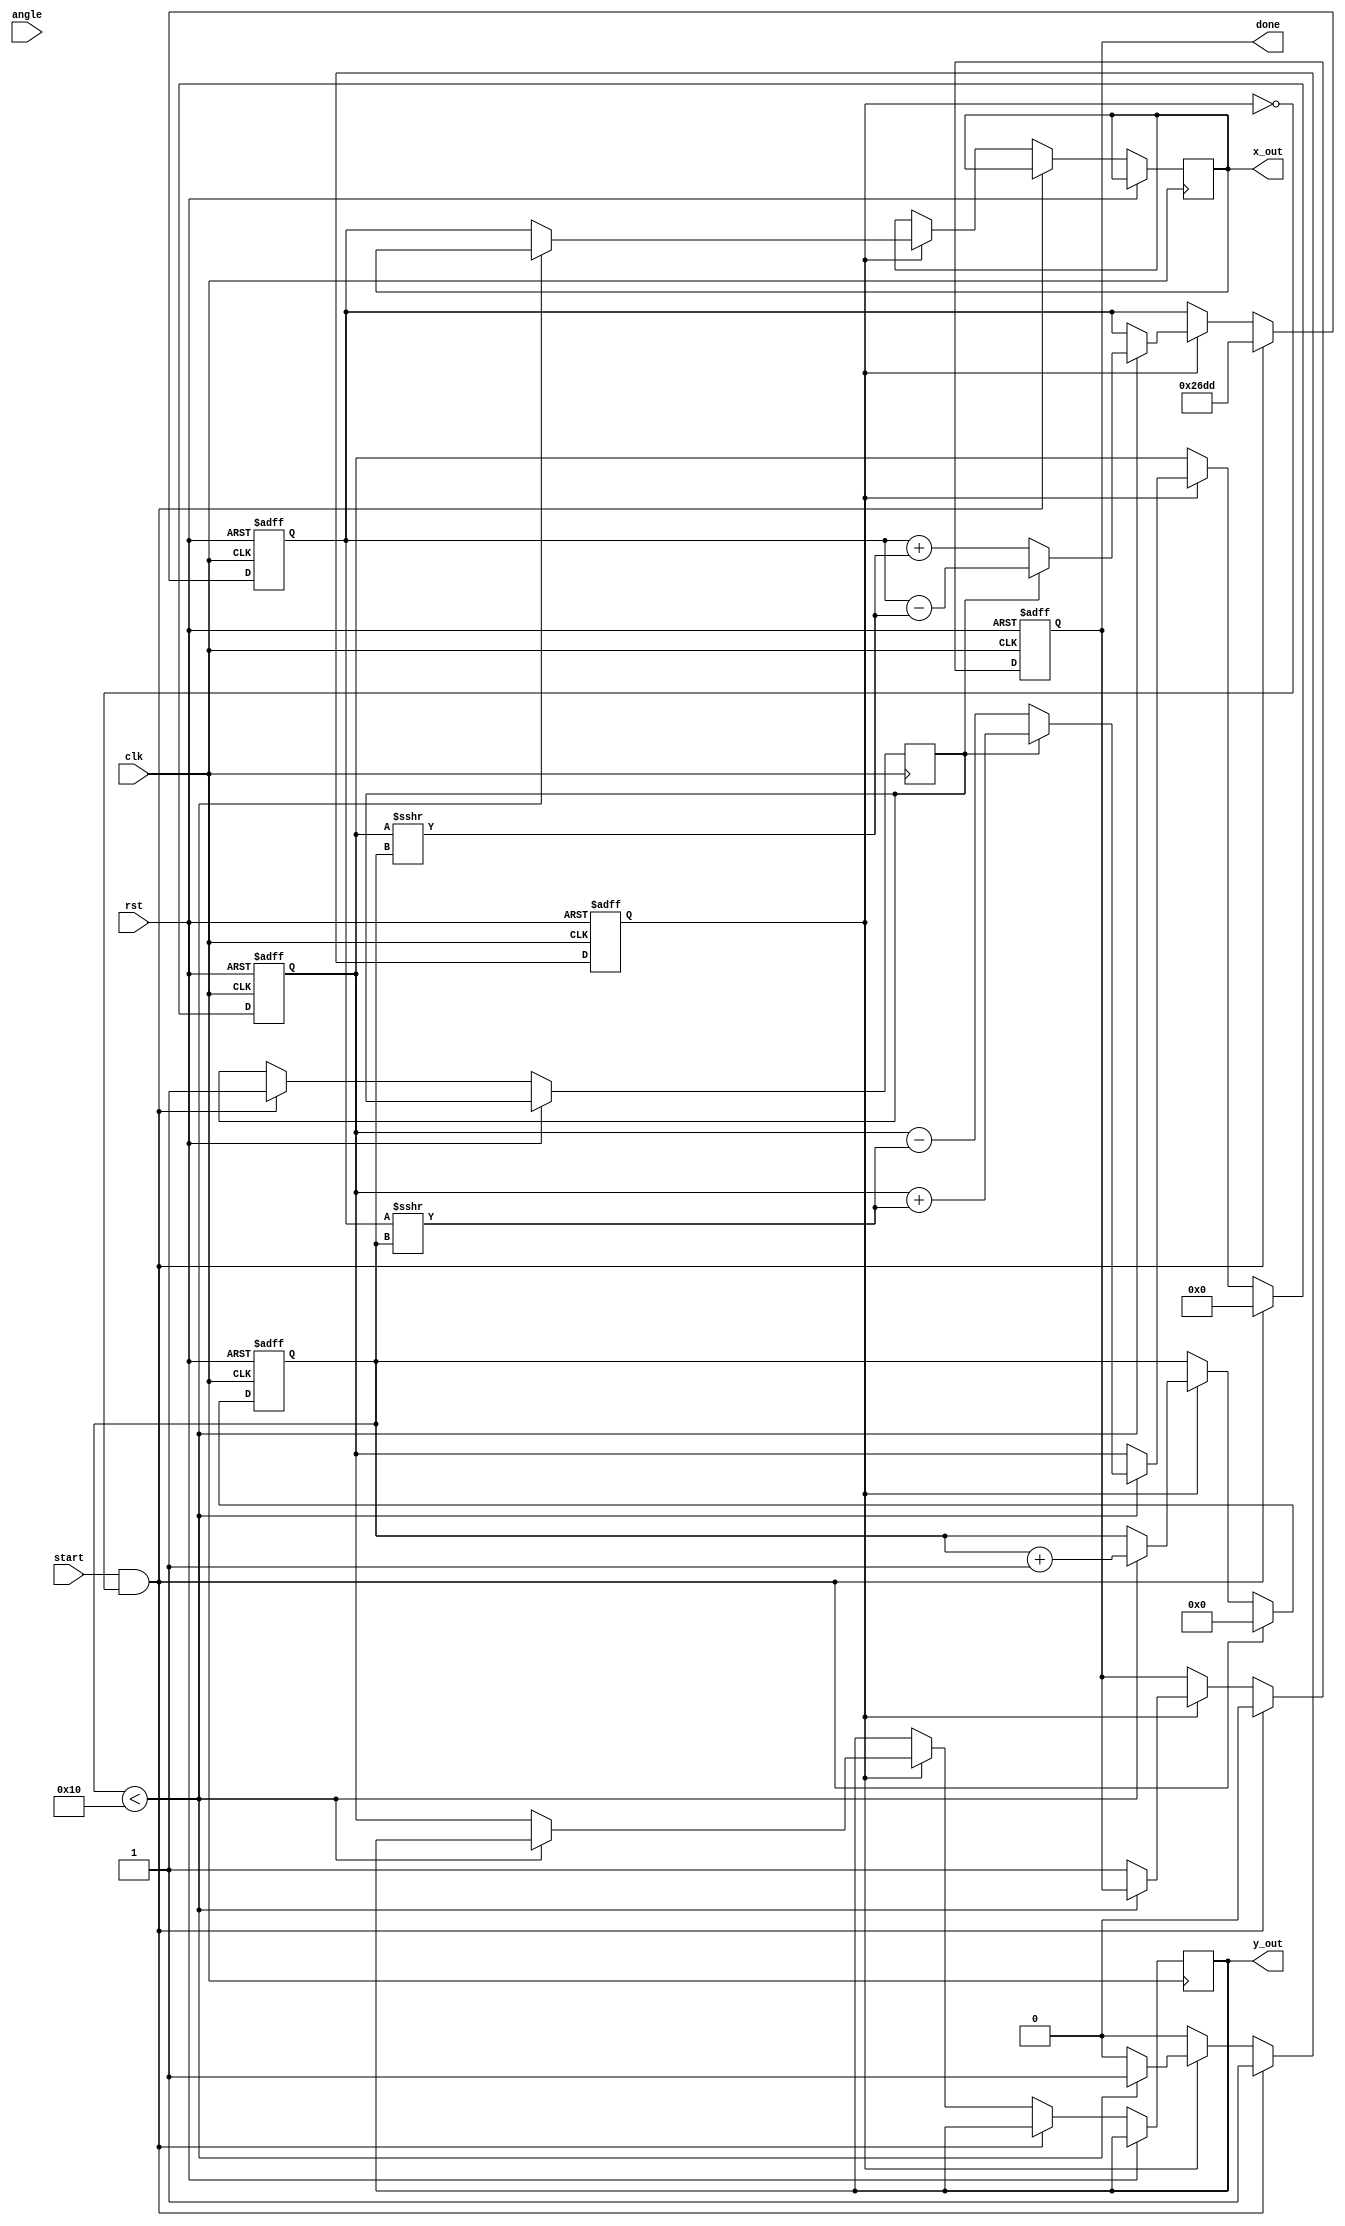
module cordic (
    input wire clk,
    input wire rst,
    input wire start,
    input wire [15:0] angle, // Input angle (16-bit fixed-point)
    output reg [15:0] x_out,  // Output x coordinate (16-bit fixed-point)
    output reg [15:0] y_out,  // Output y coordinate (16-bit fixed-point)
    output reg done // Output signal indicating completion
);

    // Parameters
    parameter N = 16; // Number of iterations
    parameter K = 16'h26DD; // Scaling factor for CORDIC (approx 0.6072 in fixed-point)

    // Lookup table for arctan values (fixed-point)
    reg [15:0] atan_lut [0:N-1];
    initial begin
        // Pre-computed arctan(2^-i) values (in fixed-point)
        atan_lut[0] = 16'h2000; // atan(1) = /4
        atan_lut[1] = 16'h1333; // atan(0.5) = /6
        atan_lut[2] = 16'h0A3D; // atan(0.25) = /12
        atan_lut[3] = 16'h0524; // atan(0.125) = /24
        // ... Initialize other values as necessary
        atan_lut[4] = 16'h028A; // atan(0.0625)
        atan_lut[5] = 16'h0141; // atan(0.03125)
        atan_lut[6] = 16'h00A1; // atan(0.015625)
        atan_lut[7] = 16'h0051; // atan(0.0078125)
        atan_lut[8] = 16'h0028; // atan(0.00390625)
        atan_lut[9] = 16'h0014; // atan(0.001953125)
        atan_lut[10] = 16'h000A; // atan(0.0009765625)
        atan_lut[11] = 16'h0005; // atan(0.00048828125)
        atan_lut[12] = 16'h0002; // atan(0.000244140625)
        atan_lut[13] = 16'h0001; // atan(0.0001220703125)
        atan_lut[14] = 16'h0000; // atan(0.00006103515625)
        atan_lut[15] = 16'h0000; // atan(0.000030517578125)
    end

    // State Variables
    reg [15:0] x, y;
    reg [4:0] i; // Iteration counter
    reg [15:0] angle_tmp;
    reg direction; // 1 for clockwise, 0 for counterclockwise
    reg processing;

    // CORDIC iteration control
    always @(posedge clk or posedge rst) begin
        if (rst) begin
            x <= 16'h0000; // Initialize x
            y <= 16'h0000; // Initialize y
            done <= 0;
            processing <= 0;
            i <= 0;
        end else if (start && !processing) begin
            // Initialize values
            angle_tmp <= angle;
            x <= K; // Initial x value (scaling factor)
            y <= 0; // Initial y value
            direction <= 1; // Assume clockwise for this example
            i <= 0;
            done <= 0;
            processing <= 1;
        end else if (processing) begin
            if (i < N) begin
                // Perform CORDIC rotation
                if (direction) begin
                    // Clockwise rotation
                    x <= x - (y >>> i);
                    y <= y + (x >>> i);
                    angle_tmp <= angle_tmp - atan_lut[i];
                end else begin
                    // Counterclockwise rotation
                    x <= x + (y >>> i);
                    y <= y - (x >>> i);
                    angle_tmp <= angle_tmp + atan_lut[i];
                end
                // Update iteration counter
                i <= i + 1;
            end else begin
                // Finished processing
                x_out <= x;
                y_out <= y;
                done <= 1;
                processing <= 0; // Reset processing state
            end
        end
    end

endmodule